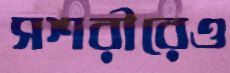
সশরীরেও